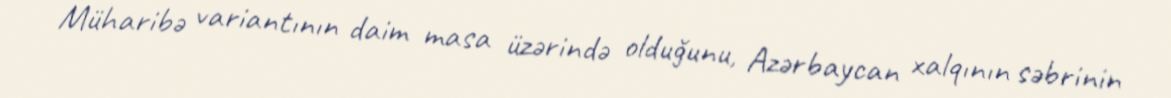
Müharibə variantının daim masa üzərində olduğunu, Azərbaycan xalqının səbrinin